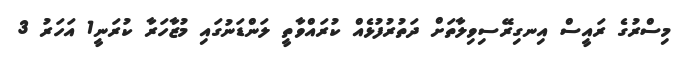
މިސްރުގެ ރައީސް އިނގިރޭސިވިލާތަށް ދަތުރުފުޅެއް ކުރައްވާތީ ލަންޑަނުގައި މުޒާހަރާ ކުރަނީ1 އަހަރު 3